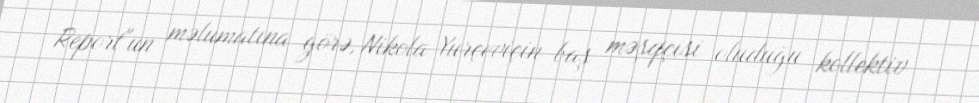
Report"un məlumatına görə, Nikola Yurçeviçin baş məşqçisi oluduğu kollektiv